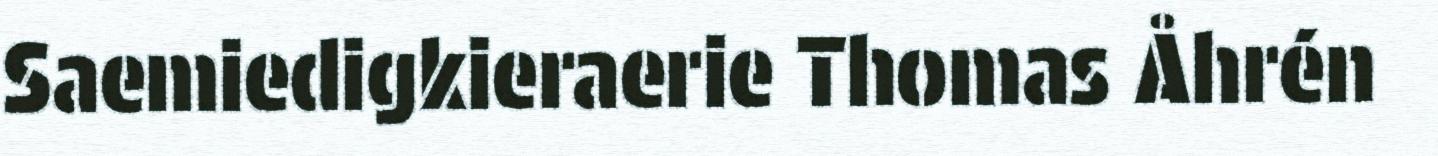
Saemiedigkieraerie Thomas Åhrén